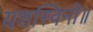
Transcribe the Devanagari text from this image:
यशस्विनी॥